Annual report of the Civil Veterinary Department, Bengal, and of the Bengal Veterinary College, for the year 1902-1903 - 1902-1903
Year: 1902
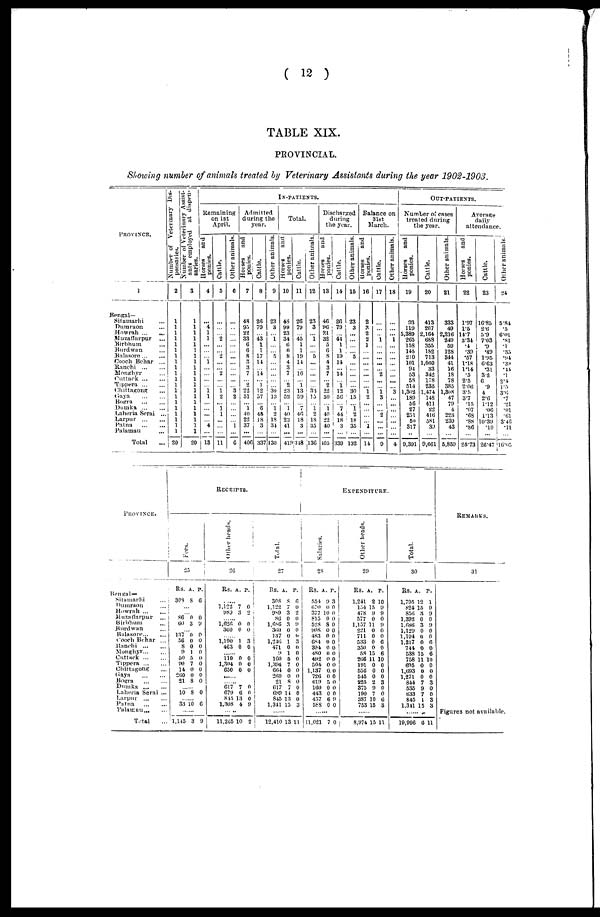
( 12 )
TABLE XIX.
PROVINCIAL.
Showing number of animals treated by Veterinary Assistants during the year 1902-1903.
PROVINCE.
1
Bengal—
Sitamarhi ...
Dumraon ...
Howrah ...
...
Muzaffarpur ...
Birbhum ...
Burdwan ...
Balasore ... ...
Cooch Behar ...
Ranchi
...
...
Monghyr ...
Cuttack ... ...
Tippera ... ...
Chittagong ...
Gaya
...
...
Bogra
...
...
Dumka
...
...
Laheria Serai ...
Larpur
...
...
Patna
...
...
Palamau ...
Total ...
Number of Veterinary Dis-
pensaries.
2
1
1
1
1
1
1
1
1
1
1
1
1
1
1
1
1
1
1
1
1
20
Number of Veterinary Assist-
ants employed at dispen-
saries.
3
1
1
1
1
1
1
1
1
1
1
1
1
1
1
1
1
1
1
1
1
20
IN-PATIENTS.
Remaining
on 1st
April.
Horses
and
ponies.
4
... 4
1
1
...
...
... 1
...
...
...
... 1
1
...
...
...
... 4
...
13
Cattle.
5
...
...
... 2
...
... 2
...
... 2
...
... 1
2
... 1
1
...
...
...
11
Other animals.
6
...
...
...
...
...
...
...
...
...
...
...
... 3
2
...
...
...
... 1
...
6
Admitted
during the
year.
Horses
and
ponies.
7
48
95 22
33 6
6
8
3
2 7
... 2
22
51
... 1
40
22
37
...
406
Cattle.
8
26
70
43
1
1
17
14
... 14
... 1
12
57
... 6
45
18
8
...
337
Other animals.
9
23
3
... 1
...
... 5
...
...
...
...
...
30
13
... 1
2
18
34
...
130
Total.
Horses
and
ponies.
10
48
99
23
34
6
6
8
4
3
7
... 2
23
52
... 1
40
22
41
...
419
Cattle.
11
2(5
79
... 45
1
1
19
14
... 16
... 1
13
59
... 7
46
18
3
...
348
Other animals.
12
23
3
... 1
...
... 5
...
...
...
...
... 33
Jo
... I
2
18
35
...
136
Discharged
during
the year.
Horses
and
ponies.
13
40
96
21
32
0
6 8
4
3
7
... 2
22
50
... 1
40
22
40
...
405
Cattle.
14
26
79
... 41
1
1
19
14
... 14
... 1
12
56
... 7
44
18
3
...
339
Other animals.
15
23
3
...
...
...
... 5
...
...
...
...
... 30
15
... 1
2
18
35
...
132
Balance on
31st
March.
Horses
and
ponies.
16
2
3 2
2
1
...
...
...
...
...
...
... 1
2
...
...
...
... 1
...
14
Cattle.
17
...
...
... 1
...
...
...
...
... 2
...
... 1
3
...
... 2
...
...
9
Other animals. |
18
...
...
... 1
...
...
...
...
...
...
......
... 3
...
...
...
...
...
...
...
4
OUT-PATIENTS.
Number of cases
treated during
the year.
Horses
and
ponies.
19
93
119
5,389
265
158
145
2:0
101
94
53
58
514
1,302
189
56
27
251
50
317
...
9,391
Cattle.
20
413
207
2,164
6S8
355
182
713
1,060
33
312
178
235
1,474
14S
411
22
416
581
39
...
9,661
Other animals.
21
333
49
2,216
249
59
128
344
41
16
18
78
385
1,308
47
79
4
223
239
43
...
5,859
Average
daily
attendance.
Horses
and
ponies.
22
1.97
1.5
14.7
3.34
.4
.39
.57
1.18
1.14
.5
2.5
2.06
3.5 37
.15
.07
.68
.88
.86
...
25.73
Cattle.
23
16.85
2.6
5.9
7.03
.9
.49
1.95
6.63
.31
32
6
.9
4
2.6
1.12
.06
1.13
10.39
.10
...
26.47
Other animals.
24
5.84
.5
6.01
.81
.1
.35
.94
.39
.44 .1
2.4
1.5
3.6
.7
.21
.01
.61
3.46
.11
...
16.05
PROVINCE.
Bengal —
Sitamarhi ...
Dumraon ...
Howrah ... ...
Muzaffarpur ...
Birbhum ...
Burdwan ...
Balasore ... ...
Cooch Behar ...
Ranchi
...
...
Monghyr ... ...
Cuttack ... ...
Tippera ... ...
Chittagong ...
Gaya
...
...
Bogra
...
...
Dumka
...
...
Laheria Serai ...
Larpur
...
...
Patna
...
...
Palamau ... ...
Total ...
RECEIPTS
Fees.
25
Rs.
308
...
... 86
60
137
56
8
9
50
90
14
200
21
..... 10
...... 33
.....
1,145
A.
8
0
3
0
0
0
1
5
7
0
0
8
8
10
3
P.
6
0
9
0
0
0
0
0
0
0
0
0
0
6
9
Oilier heads.
26
Rs.
.....
1,122
989
...
1,626
300
1,190
463
..... 110
1,304
650
.....
617
679
845
1,308
11,265
A.
7
3
0
0
1
0
0
0
0
7
6
13
4
10
P.
0
2
0
0
3
0
0
0
0
0
0
0
9
2
Total.
27
Rs.
308
1,122
989
86
1,686
SOU
137
1,246
471
9
160
1,394
604
200
21
617
689
845
1,341
.....
12,410 13
A.
8
7
3
0
3
0
0
1
0
1
5
7
0
0
8
7
14
13
15
P.
6
0
2
0
9
0
6
3
0
0
0
0
0
0
0
0
0
0
3
11
EXPENDITURE.
Salaries.
28
Rs.
554
070
377 1
815
528
90s
483
684
394
480
492
504
1,137
726
019
160
443
457
588
....
11,021
A.
9
0
0
0
8
0
0
0
0
0
0
0
0.
0
5
0
0
6
0
7
P.
3
0
0
0
0
0
0
0
0
0
0
0
0
0
0
0
0
9
0
0
Ot her heads.
29
Rs.
1,241
154
478
577
1,157 1
221
711
533
350
58
206
191
556
545
225
375
190
387
753
......
8,974
A.
2
15
9
0
1
0
0
0
0
15
11
0
0
0
2
9
7
10
15
15
P.
10
9
9
0
9
0
0
6
0
6
10
0
0
0
3
0
0
6
3
11
Tot al .
30
Rs.
1,795 1
824 1
850
1,392
1.686
1,129
1,194
1,217
744
538
758
695
1,693
1,271
844
535
633
845
1,341
.....
19,996
A.
2
5
3
0
3
0
0
0
0
15
11
0
0
0
7
9
7
1
15
0
P.
1
9
9
0
9
0
0
6
0
6
10
0
0
0
3
0
0
3
3
11
REMARKS.
31
Figures not available.